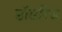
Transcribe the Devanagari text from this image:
डॉडरिज